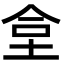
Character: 𡋛